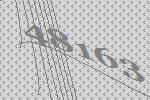
48163